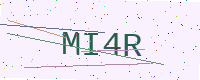
Text: MI4R